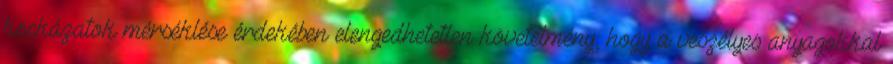
kockázatok mérséklése érdekében elengedhetetlen követelmény, hogy a veszélyes anyagokkal